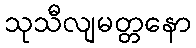
သုသီလျမတ္တနော